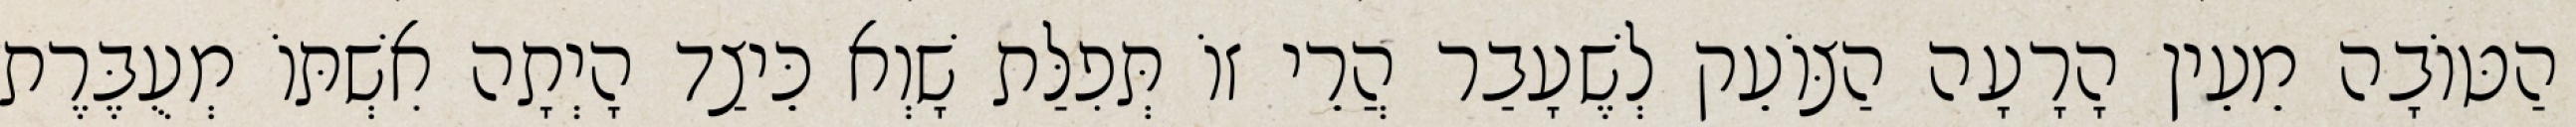
הַטּוֹבָה מֵעֵין הָרָעָה הַצּוֹעֵק לְשֶׁעָבַר הֲרֵי זוֹ תְּפִלַּת שָׁוְא כֵּיצַד הָיְתָה אִשְׁתּוֹ מְעֻבֶּרֶת